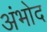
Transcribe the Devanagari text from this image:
अंभोद